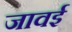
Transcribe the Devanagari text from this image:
जावई